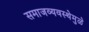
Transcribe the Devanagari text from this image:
समाजव्यवस्थेमुळे